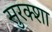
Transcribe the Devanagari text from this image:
सुरक्शा